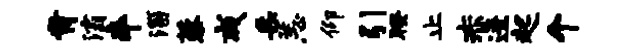
肯灞卒淄藜咸采恙仰引暌止赤迸起个